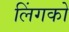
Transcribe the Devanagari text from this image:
लिंगको